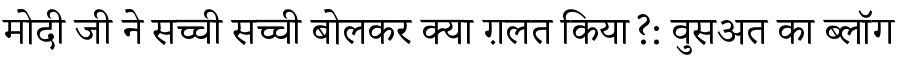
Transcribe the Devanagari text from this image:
मोदी जी ने सच्ची सच्ची बोलकर क्या ग़लत किया?: वुसअत का ब्लॉग